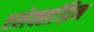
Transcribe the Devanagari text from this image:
एलेक्सांद्रिन